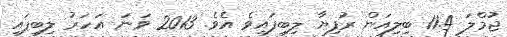
ޖުމްލަ 11.4 ބިލިއަން ރުފިޔާ ލިބިފައިވެ އެވެ. 2013 ވަނަ އަހަރު ލިބިފައި